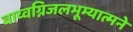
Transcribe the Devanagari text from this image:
वाय्वग्निजलभूम्यात्मने